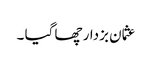
عثمان بزدار چھا گیا ۔